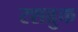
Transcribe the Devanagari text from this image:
रशब्रुक